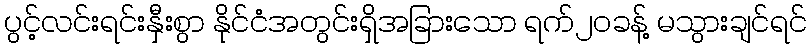
ပွင့်လင်းရင်းနှီးစွာ နိုင်ငံအတွင်းရှိအခြားသော ရက်၂၀ခန့် မသွားချင်ရင်